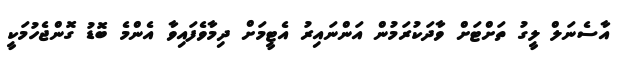
އާސެނަލް ލީގު ތަށްޓަށް ވާދަކުރަމުން އަންނައިރު އެޓީމަށް ދިމާވެފައިވާ އެންމެ ބޮޑު ގޮންޖެހުމަކީ